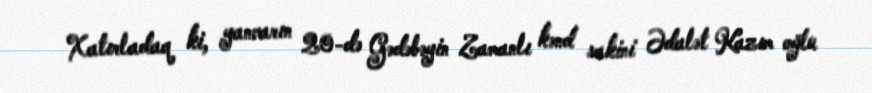
Xatırladaq ki, yanvarın 20-də Gədəbəyin Zamanlı kənd sakini Ədalət Kazım oğlu